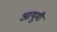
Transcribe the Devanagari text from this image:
आयूमी